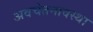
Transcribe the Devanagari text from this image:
अवचेतनावस्था